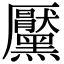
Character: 黶